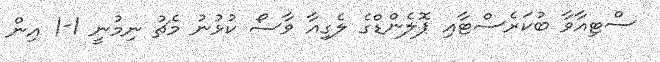
ސްޓިއާވާ ބުކަރެސްޓާއި ޕޮލެންޑްގެ ލެގިއާ ވާސޯ ކުޅުނު މެޗު ނިމުނީ 1-1 އިން